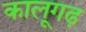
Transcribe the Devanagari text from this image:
कालूगढ़